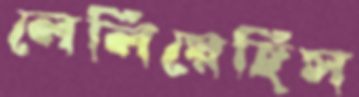
লেলিয়েছিস